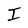
Character: I